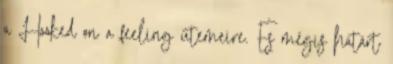
a Hooked on a feeling ütemeire. És mégis határt